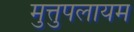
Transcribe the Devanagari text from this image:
मुत्तुपलायम